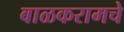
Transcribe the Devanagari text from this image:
बाळकरामचे